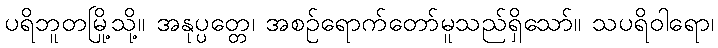
ပရိဘူတမြို့သို့။ အနုပ္ပတ္တေ၊ အစဉ်ရောက်တော်မူသည်ရှိသော်။ သပရိဝါရော၊